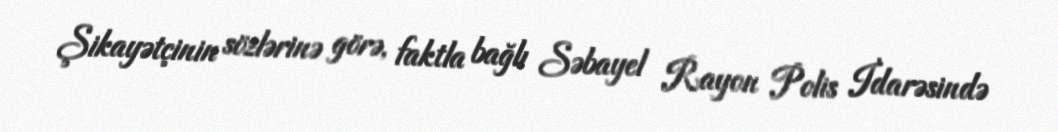
Şikayətçinin sözlərinə görə, faktla bağlı Səbayel Rayon Polis İdarəsində